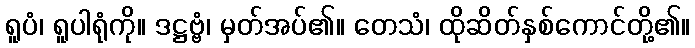
ရူပံ၊ ရူပါရုံကို။ ဒဋ္ဌဗ္ဗံ၊ မှတ်အပ်၏။ တေသံ၊ ထိုဆိတ်နှစ်ကောင်တို့၏။